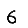
Digit: 6